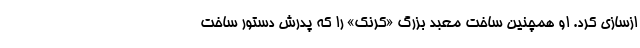
ازسازی کرد. او همچنین ساخت معبد بزرگ «کرنک» را که پدرش دستور ساخت